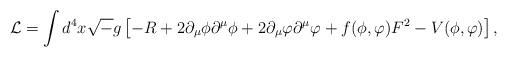
LaTeX: \begin{align*}{\cal L} = \int d^4 x {\sqrt -g} \left[ -R + 2 \partial_{\mu}\phi \partial ^{\mu}\phi + 2 \partial_{\mu}\varphi \partial^{\mu}\varphi + f( \phi , \varphi ) F^2 - V( \phi , \varphi ) \right] ,\end{align*}